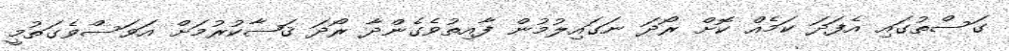
ގަސްތުގައި އެފަދަ ކަމެއް ކޮށް ރޯދަ ނަގައިލުމުން ފާއިތުވެގެންދާ ރޯދަ ޤަޟާކުރުމަށް އަވަސްވެގަތުމީ